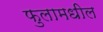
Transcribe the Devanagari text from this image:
फुलामधील